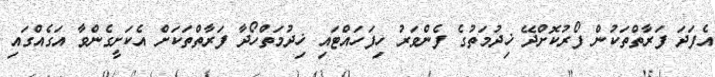
އެފަދަ ފަރާތްތަކުން ފޯރުކޮށްދޭ ޚިދުމަތުގެ ފެންވަރު ހިފަހައްޓައި ޚިދުމަތްހޯދާ ފަރާތްތަކަށް އެކަށީގެންވާ އަގެއްގައި